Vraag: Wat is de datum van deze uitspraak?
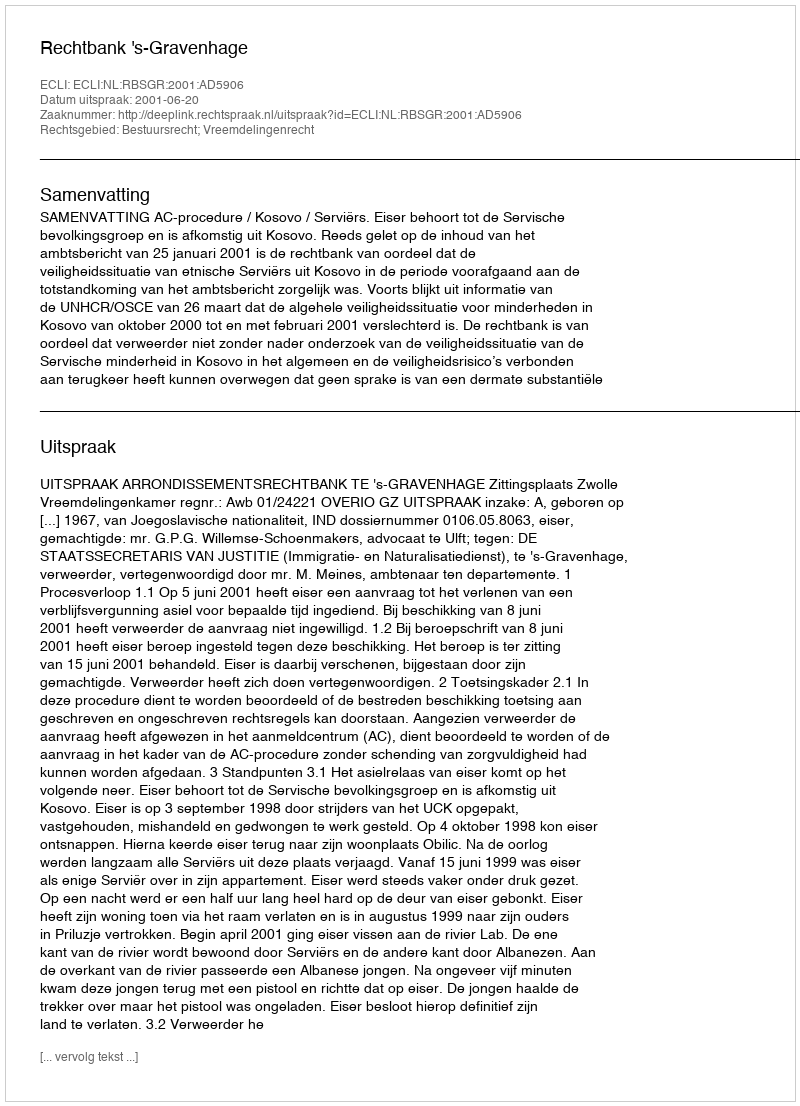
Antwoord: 2001-06-20